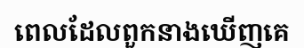
ពេលដែលពួកនាងឃើញគេ